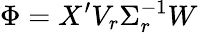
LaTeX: {\Phi}=X^{\prime}V_{r}\Sigma_{r}^{-1}W